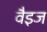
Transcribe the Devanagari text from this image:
वैइज